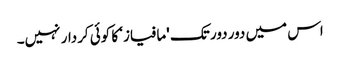
اس میں دور دور تک 'مافیاز‘ کا کوئی کردار نہیں۔